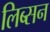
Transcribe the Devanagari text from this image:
लिब्सन